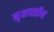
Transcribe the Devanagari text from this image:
नृशास्त्रीय